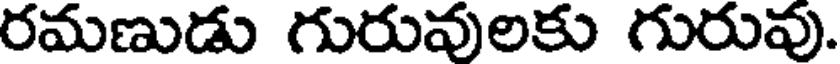
రమణుడు గురువులకు గురువు.